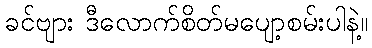
ခင်ဗျား ဒီလောက်စိတ်မပျော့စမ်းပါနဲ့။